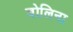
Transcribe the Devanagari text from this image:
बोलिना